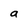
Character: a